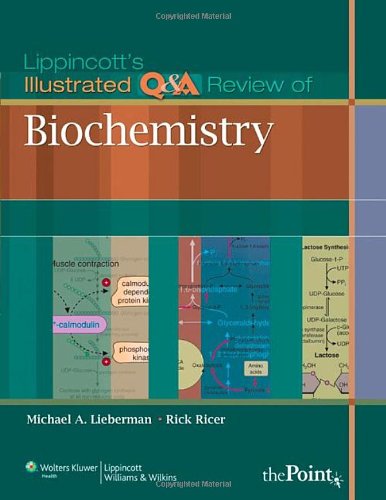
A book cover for Lippincott's Illustrated Q&A Review of Biochemistry; Michael A. Lieberman; Medical Books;